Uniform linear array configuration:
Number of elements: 32
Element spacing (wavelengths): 1
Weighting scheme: kaiser
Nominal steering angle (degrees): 60
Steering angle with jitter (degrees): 58.68
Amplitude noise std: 0.05
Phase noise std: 0.05

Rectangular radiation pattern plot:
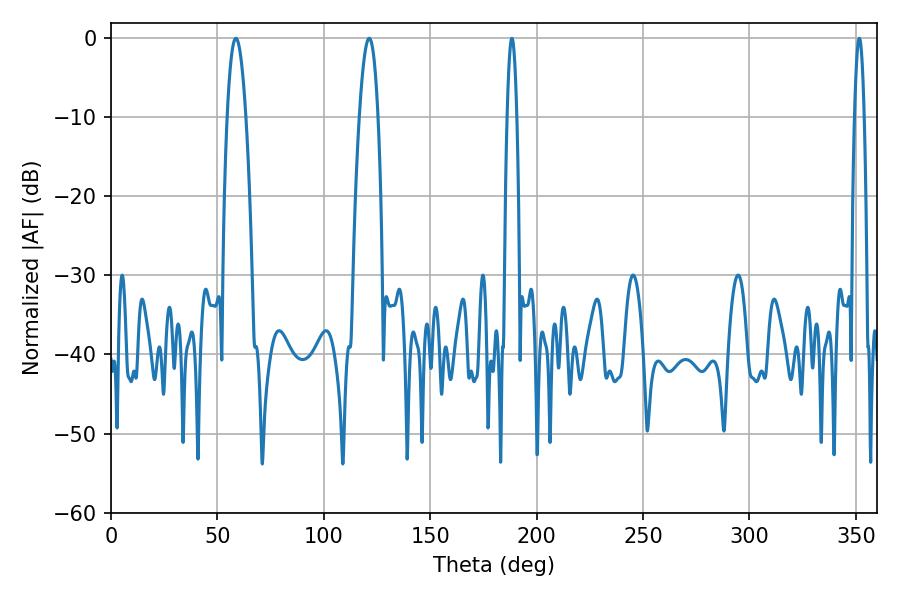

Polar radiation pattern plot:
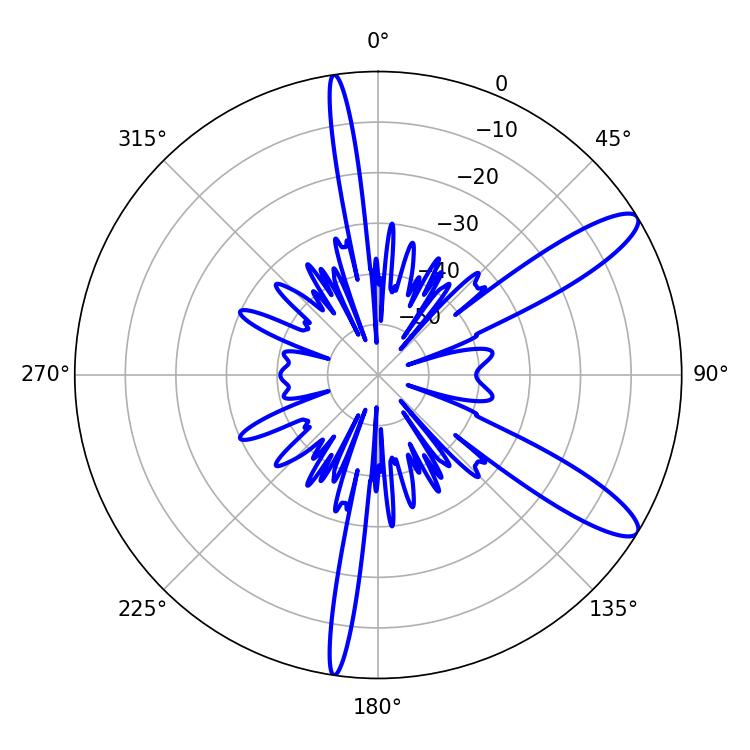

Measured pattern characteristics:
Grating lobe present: TRUE
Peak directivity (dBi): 11.482
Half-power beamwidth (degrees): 4.86
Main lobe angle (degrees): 58.68